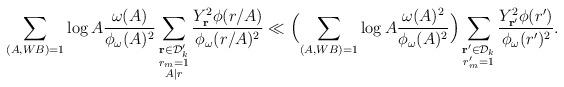
LaTeX: \begin{align*}\sum_{(A,WB)=1}\log{A}\frac{\omega(A)}{\phi_\omega(A)^2}\sum_{\substack{\mathbf{r}\in\mathcal{D}'_k\\ r_m=1\\ A|r}}\frac{Y_{\mathbf{r}}^2\phi(r/A)}{\phi_\omega(r/A)^2}&\ll \Bigl(\sum_{(A,WB)=1}\log{A}\frac{\omega(A)^2}{\phi_\omega(A)^2}\Bigr)\sum_{\substack{\mathbf{r}'\in\mathcal{D}_k\\ r'_m=1}}\frac{Y_{\mathbf{r}'}^2\phi(r')}{\phi_\omega(r')^2}.\end{align*}